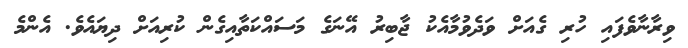
ވިރާނާވެފައި ހުރި ގެއަށް ވަދެވުމާއެކު ޖާބިރު އޭނަގެ މަސައްކަތާއިގެން ކުރިއަށް ދިޔައެވެ. އެންމެ